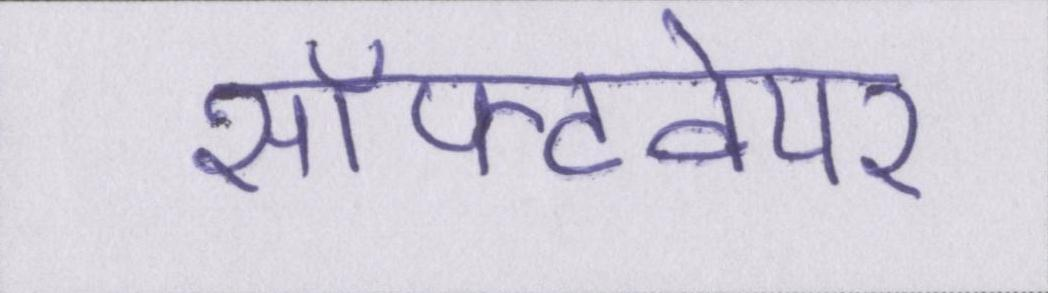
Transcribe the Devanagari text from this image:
सॉफ़्टवेयर